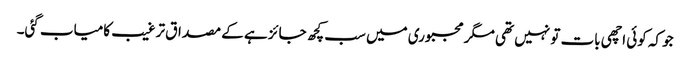
جو کہ کوئی اچھی بات تو نہیں تھی مگر مجبوری میں سب کچھ جائز ہے کے مصداق ترغیب کامیاب گئی۔